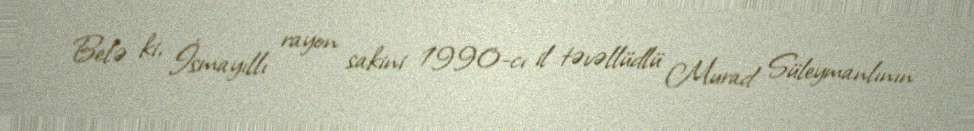
Belə ki, İsmayıllı rayon sakini 1990-cı il təvəllüdlü Murad Süleymanlının